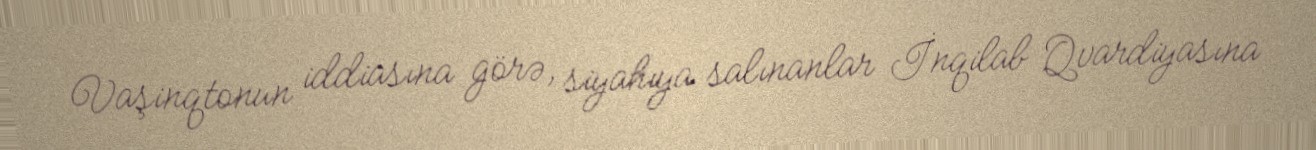
Vaşinqtonun iddiasına görə, siyahıya salınanlar İnqilab Qvardiyasına